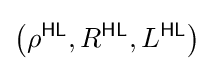
\left(\rho ^{\textsf {HL}},R^{\textsf {HL}},L^{\textsf {HL}}\right)